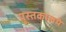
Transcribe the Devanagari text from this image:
पुस्तकालये